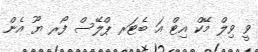
ވީ ވިލް މޭކް އިޓް އަ ބެޓަރ ޕްލޭސް ފޯރ ޔޫ އެން